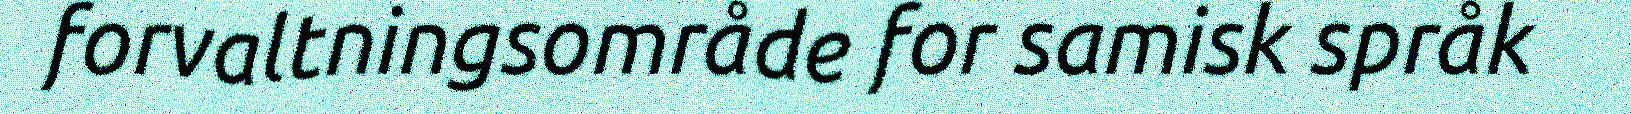
forvaltningsområde for samisk språk